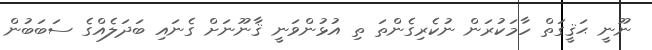
ނޫނީ ޙަޤީގަތް ހާމަކުރަން ނުކެރިގެންތަ ތި އުޅުންވަނީ ޤާނޫނަށް ގެނައި ބަދަލެއްގެ ސަބަބުން